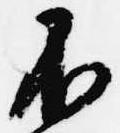
不